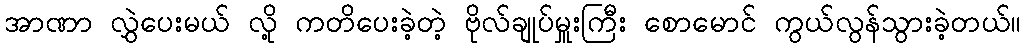
အာဏာ လွှဲပေးမယ် လို့ ကတိပေးခဲ့တဲ့ ဗိုလ်ချုပ်မှူးကြီး စောမောင် ကွယ်လွန်သွားခဲ့တယ်။